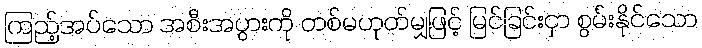
ကြည့်အပ်သော အစီးအပွားကို တစ်မဟုတ်မျှဖြင့် မြင်ခြင်းငှာ စွမ်းနိုင်သော